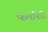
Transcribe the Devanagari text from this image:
फर्माशी